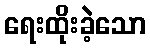
ရေးထိုးခဲ့သော